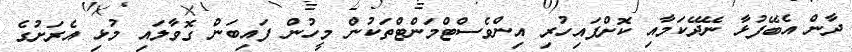
ދާން އެބޭފުޅާ ނޭދޭކަމާއި ކޮށްފައިހުރި އިންވެސްޓްމަންޓްތަކުން މީހުން ފައިބަން ގޮވާލައި މުޅި އެރަށުގެ